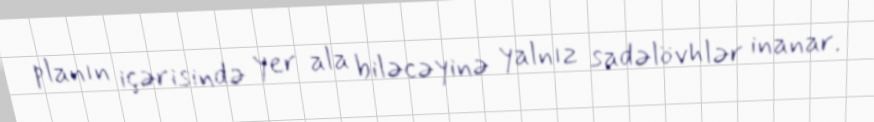
planın içərisində yer ala biləcəyinə yalnız sadəlövhlər inanar.